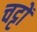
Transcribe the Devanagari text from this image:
चट्टों